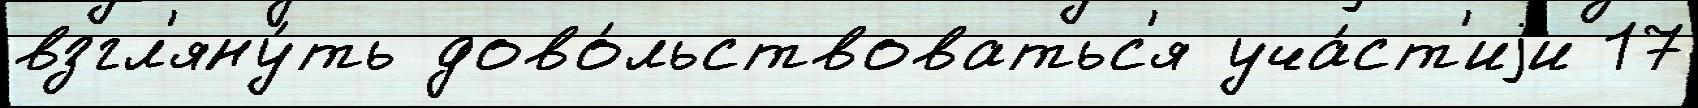
взгл'яну́ть дово́льствоватьс'я уча́ст'иjи 17